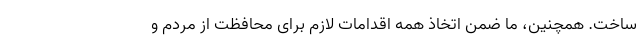
ساخت. همچنین، ما ضمن اتخاذ همه اقدامات لازم برای محافظت از مردم و